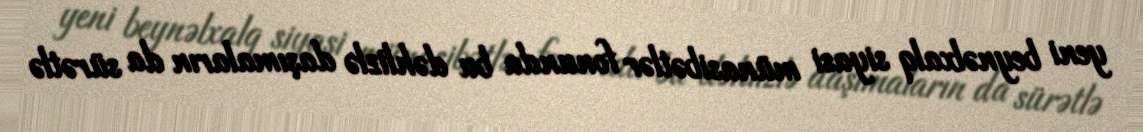
yeni beynəlxalq siyasi münasibətlər fonunda bu dəhlizlə daşımaların da sürətlə